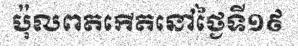
ប៉ុលពតកើតនៅថ្ងៃទី១៩